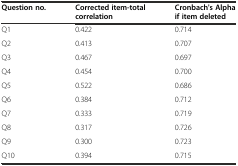
<table><thead><tr><td><b>Question no.</b></td><td><b>Corrected item-total correlation</b></td><td><b>Cronbach&#x27;s Alpha if item deleted</b></td></tr></thead><tbody><tr><td>Q1</td><td>0.422</td><td>0.714</td></tr><tr><td>Q2</td><td>0.413</td><td>0.707</td></tr><tr><td>Q3</td><td>0.467</td><td>0.697</td></tr><tr><td>Q4</td><td>0.454</td><td>0.700</td></tr><tr><td>Q5</td><td>0.522</td><td>0.686</td></tr><tr><td>Q6</td><td>0.384</td><td>0.712</td></tr><tr><td>Q7</td><td>0.333</td><td>0.719</td></tr><tr><td>Q8</td><td>0.317</td><td>0.726</td></tr><tr><td>Q9</td><td>0.300</td><td>0.723</td></tr><tr><td>Q10</td><td>0.394</td><td>0.715</td></tr></tbody></table>